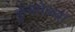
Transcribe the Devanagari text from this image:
कुंभमेळ्या